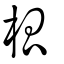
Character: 柧